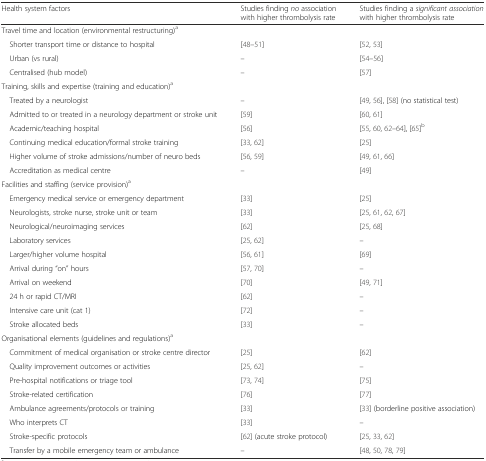
| Health system factors | Studies finding no association with higher thrombolysis rate | Studies finding a significant association with higher thrombolysis rate |
 | --- | --- | --- |
 | <COLSPAN=3> Travel time and location (environmental restructuring)a |
 | Shorter transport time or distance to hospital | [48–51] | [52, 53] |
 | Urban (vs rural) | – | [54–56] |
 | Centralised (hub model) | – | [57] |
 | <COLSPAN=3> Training, skills and expertise (training and education)a |
 | Treated by a neurologist | – | [49, 56], [58] (no statistical test) |
 | Admitted to or treated in a neurology department or stroke unit | [59] | [60, 61] |
 | Academic/teaching hospital | [56] | [55, 60, 62–64], [65]b |
 | Continuing medical education/formal stroke training | [33, 62] | [25] |
 | Higher volume of stroke admissions/number of neuro beds | [56, 59] | [49, 61, 66] |
 | Accreditation as medical centre | – | [49] |
 | <COLSPAN=3> Facilities and staffing (service provision)a |
 | Emergency medical service or emergency department | [33] | [25] |
 | Neurologists, stroke nurse, stroke unit or team | [33] | [25, 61, 62, 67] |
 | Neurological/neuroimaging services | [62] | [25, 68] |
 | Laboratory services | [25, 62] | – |
 | Larger/higher volume hospital | [56, 61] | [69] |
 | Arrival during “on” hours | [57, 70] | – |
 | Arrival on weekend | [70] | [49, 71] |
 | 24 h or rapid CT/MRI | [62] | – |
 | Intensive care unit (cat 1) | [72] | – |
 | Stroke allocated beds | [33] | – |
 | <COLSPAN=3> Organisational elements (guidelines and regulations)a |
 | Commitment of medical organisation or stroke centre director | [25] | [62] |
 | Quality improvement outcomes or activities | [25, 62] | – |
 | Pre-hospital notifications or triage tool | [73, 74] | [75] |
 | Stroke-related certification | [76] | [77] |
 | Ambulance agreements/protocols or training | [33] | [33] (borderline positive association) |
 | Who interprets CT | [33] | – |
 | Stroke-specific protocols | [62] (acute stroke protocol) | [25, 33, 62] |
 | Transfer by a mobile emergency team or ambulance | – | [48, 50, 78, 79] |